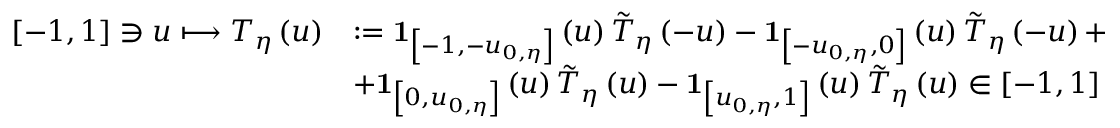
\begin{array} { r l } { \left[ - 1 , 1 \right] \ni u \longmapsto T _ { \eta } \left( u \right) } & { : = \mathbf { 1 } _ { \left[ - 1 , - u _ { 0 , \eta } \right] } \left( u \right) \tilde { T } _ { \eta } \left( - u \right) - \mathbf { 1 } _ { \left[ - u _ { 0 , \eta } , 0 \right] } \left( u \right) \tilde { T } _ { \eta } \left( - u \right) + } \\ & { + \mathbf { 1 } _ { \left[ 0 , u _ { 0 , \eta } \right] } \left( u \right) \tilde { T } _ { \eta } \left( u \right) - \mathbf { 1 } _ { \left[ u _ { 0 , \eta } , 1 \right] } \left( u \right) \tilde { T } _ { \eta } \left( u \right) \in \left[ - 1 , 1 \right] } \end{array}